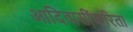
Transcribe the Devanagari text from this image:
आदिवासींकरिता